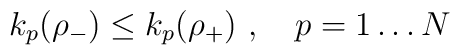
k_p(\rho_-) \leq  k_p(\rho_+)\ ,\quad p=1\dots N